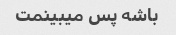
باشه پس میبینمت